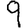
Digit: 9